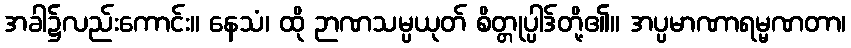
အခါ၌လည်းကောင်း။ နေသံ၊ ထို ဉာဏသမ္ပယုတ် စိတ္တုပ္ပါဒ်တို့၏။ အပ္ပမာဏာရမ္မဏတာ၊